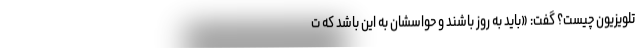
تلویزیون چیست؟ گفت: «باید به روز باشند و حواسشان به این باشد که ت